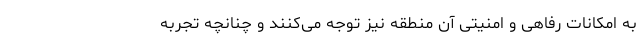
به امکانات رفاهی و امنیتی آن منطقه نیز توجه می­‌کنند و چنانچه تجربه